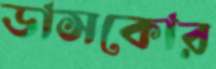
ডাসকোর